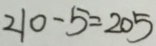
2 1 0 - 5 = 2 0 5